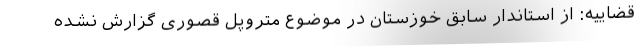
قضاییه: از استاندار سابق خوزستان در موضوع متروپل قصوری گزارش نشده